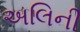
અલિની